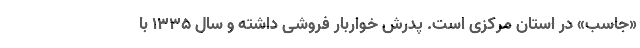
«جاسب» در استان مرکزی است. پدرش خواربار فروشی داشته و سال ۱۳۳۵ با